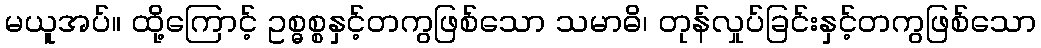
မယူအပ်။ ထို့ကြောင့် ဥစ္ဓစ္စနှင့်တကွဖြစ်သော သမာဓိ၊ တုန်လှုပ်ခြင်းနှင့်တကွဖြစ်သော